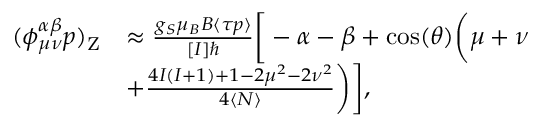
\begin{array} { r l } { ( \phi _ { \mu \nu } ^ { \alpha \beta } p ) _ { \mathrm { Z } } } & { \approx \frac { g _ { S } \mu _ { B } B \langle \tau p \rangle } { [ I ] \hbar } \bigg [ - \alpha - \beta + \cos ( \theta ) \bigg ( \mu + \nu } \\ & { + \frac { 4 I ( I + 1 ) + 1 - 2 \mu ^ { 2 } - 2 \nu ^ { 2 } } { 4 \langle N \rangle } \bigg ) \bigg ] , } \end{array}